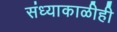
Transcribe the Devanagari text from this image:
संध्याकाळीही